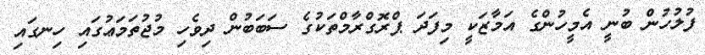
ފުލުހުން ބުނީ އެމީހުންގެ އަމާޒަކީ މިފަދަ ޕްރޮގްރާމްތަކުގެ ސަބަބުން ދިވެހި މުޖުތަމަޢުގައި ހިނގައި